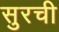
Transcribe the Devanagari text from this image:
सुरची